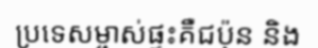
ប្រទេសម្ចាស់ផ្ទះគឺជប៉ុន និង